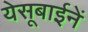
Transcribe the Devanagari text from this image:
येसूबाईनें